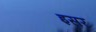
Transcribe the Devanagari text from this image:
इसर